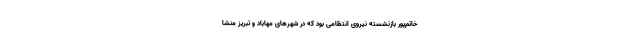
خاتم‌پور بازنشسته نیروی انتظامی بود که در شهرهای مهاباد و تبریز منشا